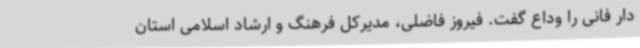
دار فانی را وداع گفت. فیروز فاضلی، مدیرکل فرهنگ و ارشاد اسلامی استان